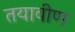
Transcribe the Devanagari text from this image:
तयावीण